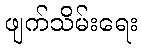
ဖျက်သိမ်းရေး